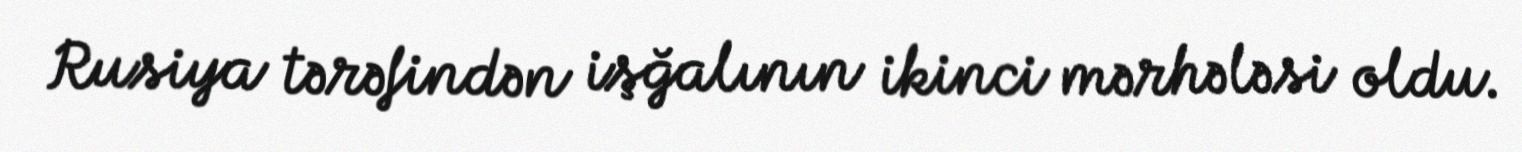
Rusiya tərəfindən işğalının ikinci mərhələsi oldu.